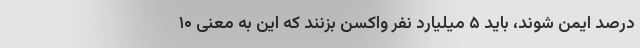
درصد ایمن شوند، باید ۵ میلیارد نفر واکسن بزنند که این به معنی ۱۰